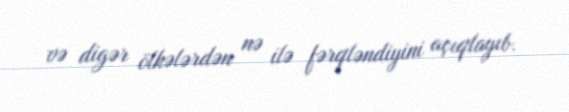
və digər ölkələrdən nə ilə fərqləndiyini açıqlayıb.